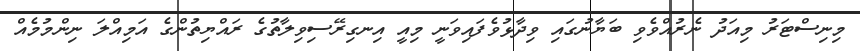
މިނިސްޓަރު މިއަދު ނެރުއްވެވި ބަޔާނުގައި ވިދާޅުވެފައިވަނީ މިއީ އިނގިރޭސިވިލާތުގެ ރައްޔިތުންގެ އަމިއްލަ ނިންމުމެއް